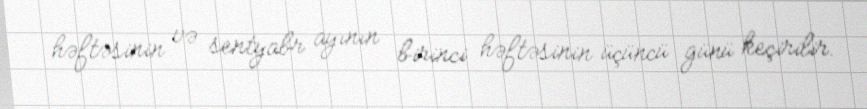
həftəsinin və sentyabr ayının birinci həftəsinin üçüncü günü keçirilir.